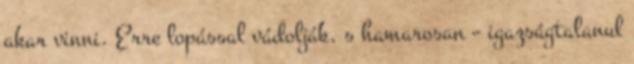
akar vinni. Erre lopással vádolják, s hamarosan – igazságtalanul